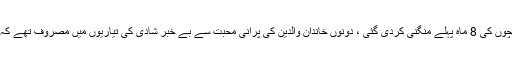
ان کی درخواست فوری قبول ہوئی اور بچوں کی 8 ماہ پہلے منگنی کردی گئی ، دونوں خاندان والدین کی پرانی محبت سے بے خبر شادی کی تیاریوں میں مصروف تھے کہ انہوں نے 10 جنوری کا چاند چڑھادیا۔